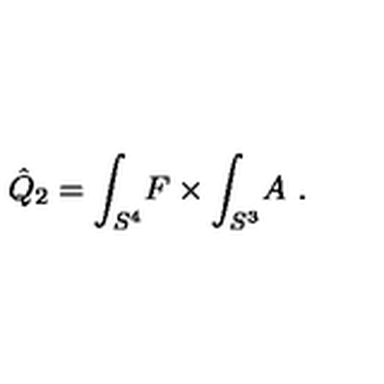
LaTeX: \hat { Q } _ { 2 } = \int _ { S ^ { 4 } } \! F \times \int _ { S ^ { 3 } } \! A \ .